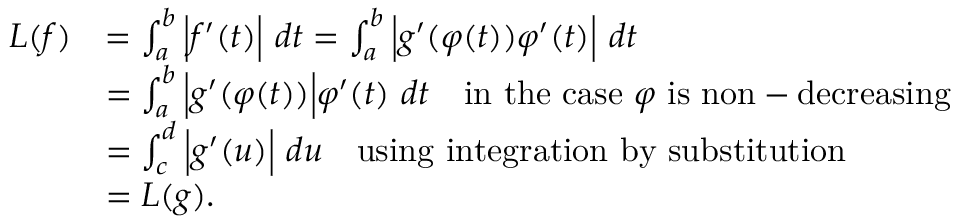
{ \begin{array} { r l } { L ( f ) } & { = \int _ { a } ^ { b } { \Big | } f ^ { \prime } ( t ) { \Big | } \ d t = \int _ { a } ^ { b } { \Big | } g ^ { \prime } ( \varphi ( t ) ) \varphi ^ { \prime } ( t ) { \Big | } \ d t } \\ & { = \int _ { a } ^ { b } { \Big | } g ^ { \prime } ( \varphi ( t ) ) { \Big | } \varphi ^ { \prime } ( t ) \ d t \quad { \mathrm { i n ~ t h e ~ c a s e ~ } } \varphi { \mathrm { ~ i s ~ n o n - d e c r e a s i n g } } } \\ & { = \int _ { c } ^ { d } { \Big | } g ^ { \prime } ( u ) { \Big | } \ d u \quad { \mathrm { u s i n g ~ i n t e g r a t i o n ~ b y ~ s u b s t i t u t i o n } } } \\ & { = L ( g ) . } \end{array} }